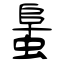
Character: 蛗